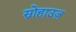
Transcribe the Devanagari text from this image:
स्नोहाउज़